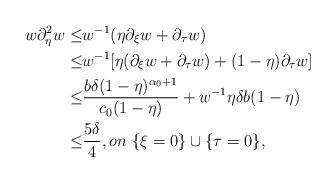
LaTeX: \begin{align*} w\partial_\eta^2 w\leq& w^{-1}(\eta\partial_\xi w+\partial_\tau w) \\ \leq& w^{-1}[\eta(\partial_\xi w+\partial_\tau w)+(1-\eta)\partial_\tau w]\\ \leq& \frac{b\delta(1-\eta)^{\alpha_0+1}}{c_0(1-\eta)}+w^{-1}\eta\delta b(1-\eta) \\ \leq&\frac{5\delta}{4},on \,\,\{\xi=0\} \cup \{\tau=0\},\end{align*}